Bréfritari: Sigríður Pálsdóttir
Viðtakandi: Páll Pálsson
Dagsetning: A-1854-11-09
Skrifað á: Hraungerði  Árn.
Páll var bróðir Sigríðar

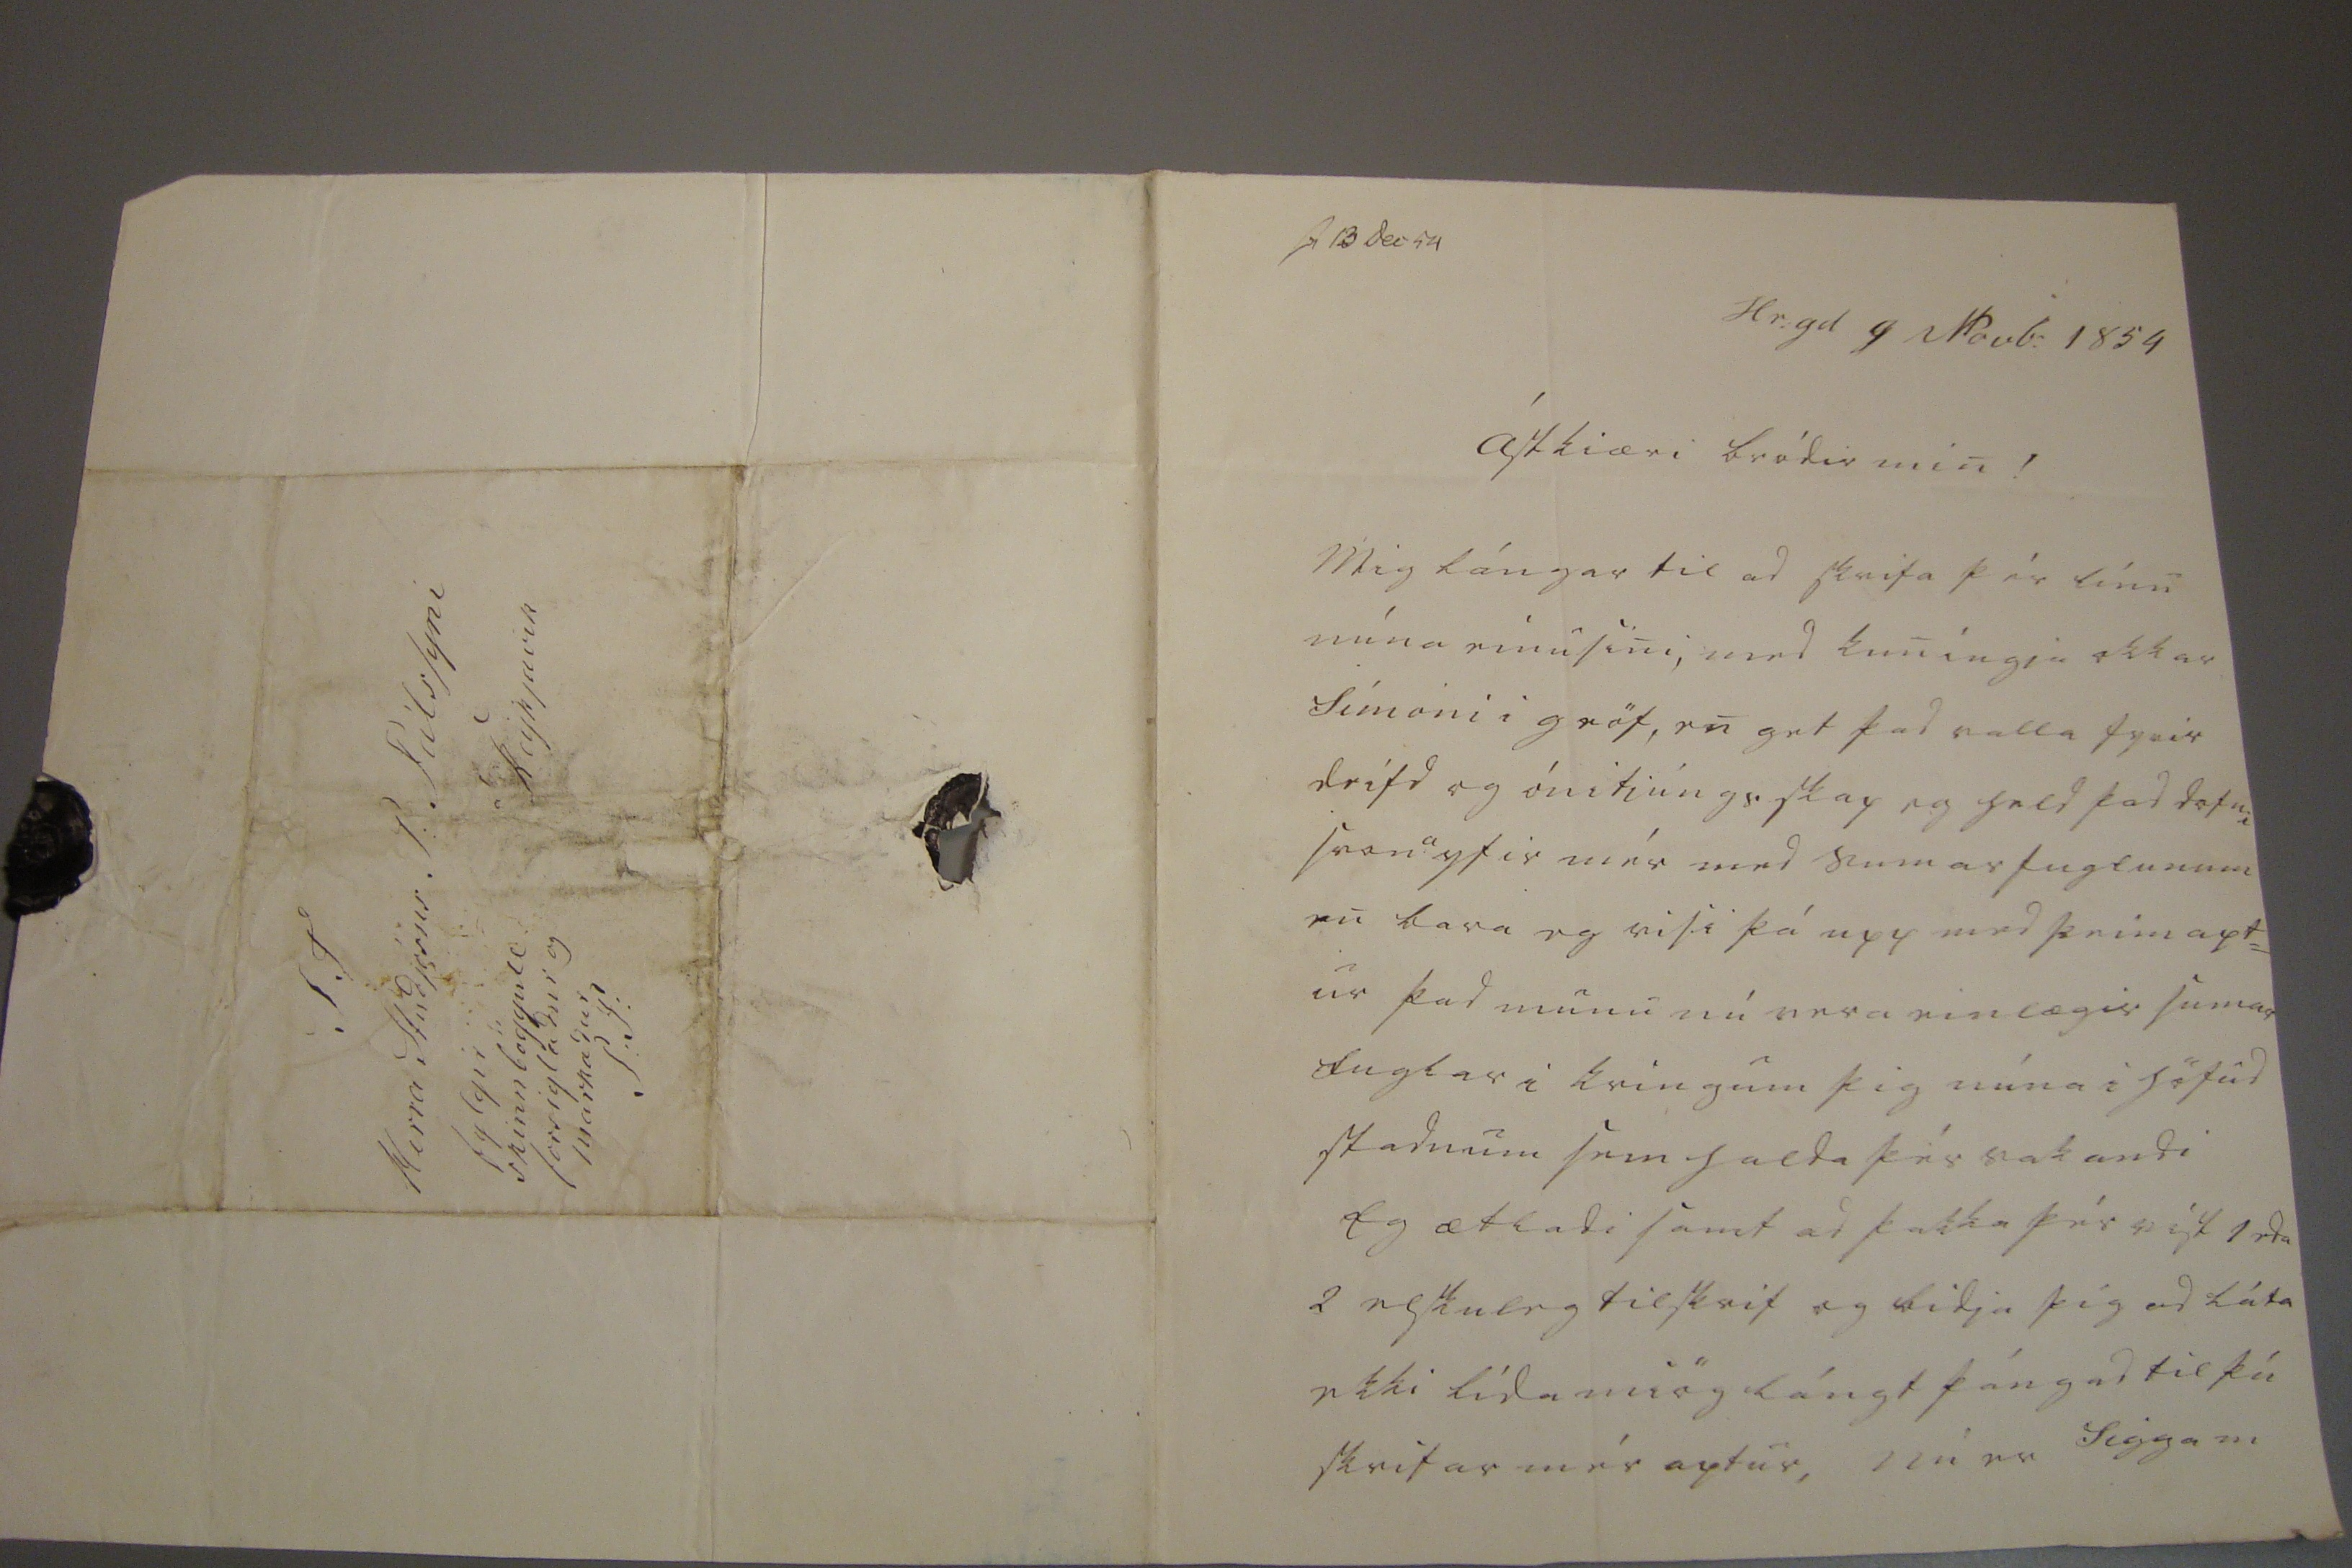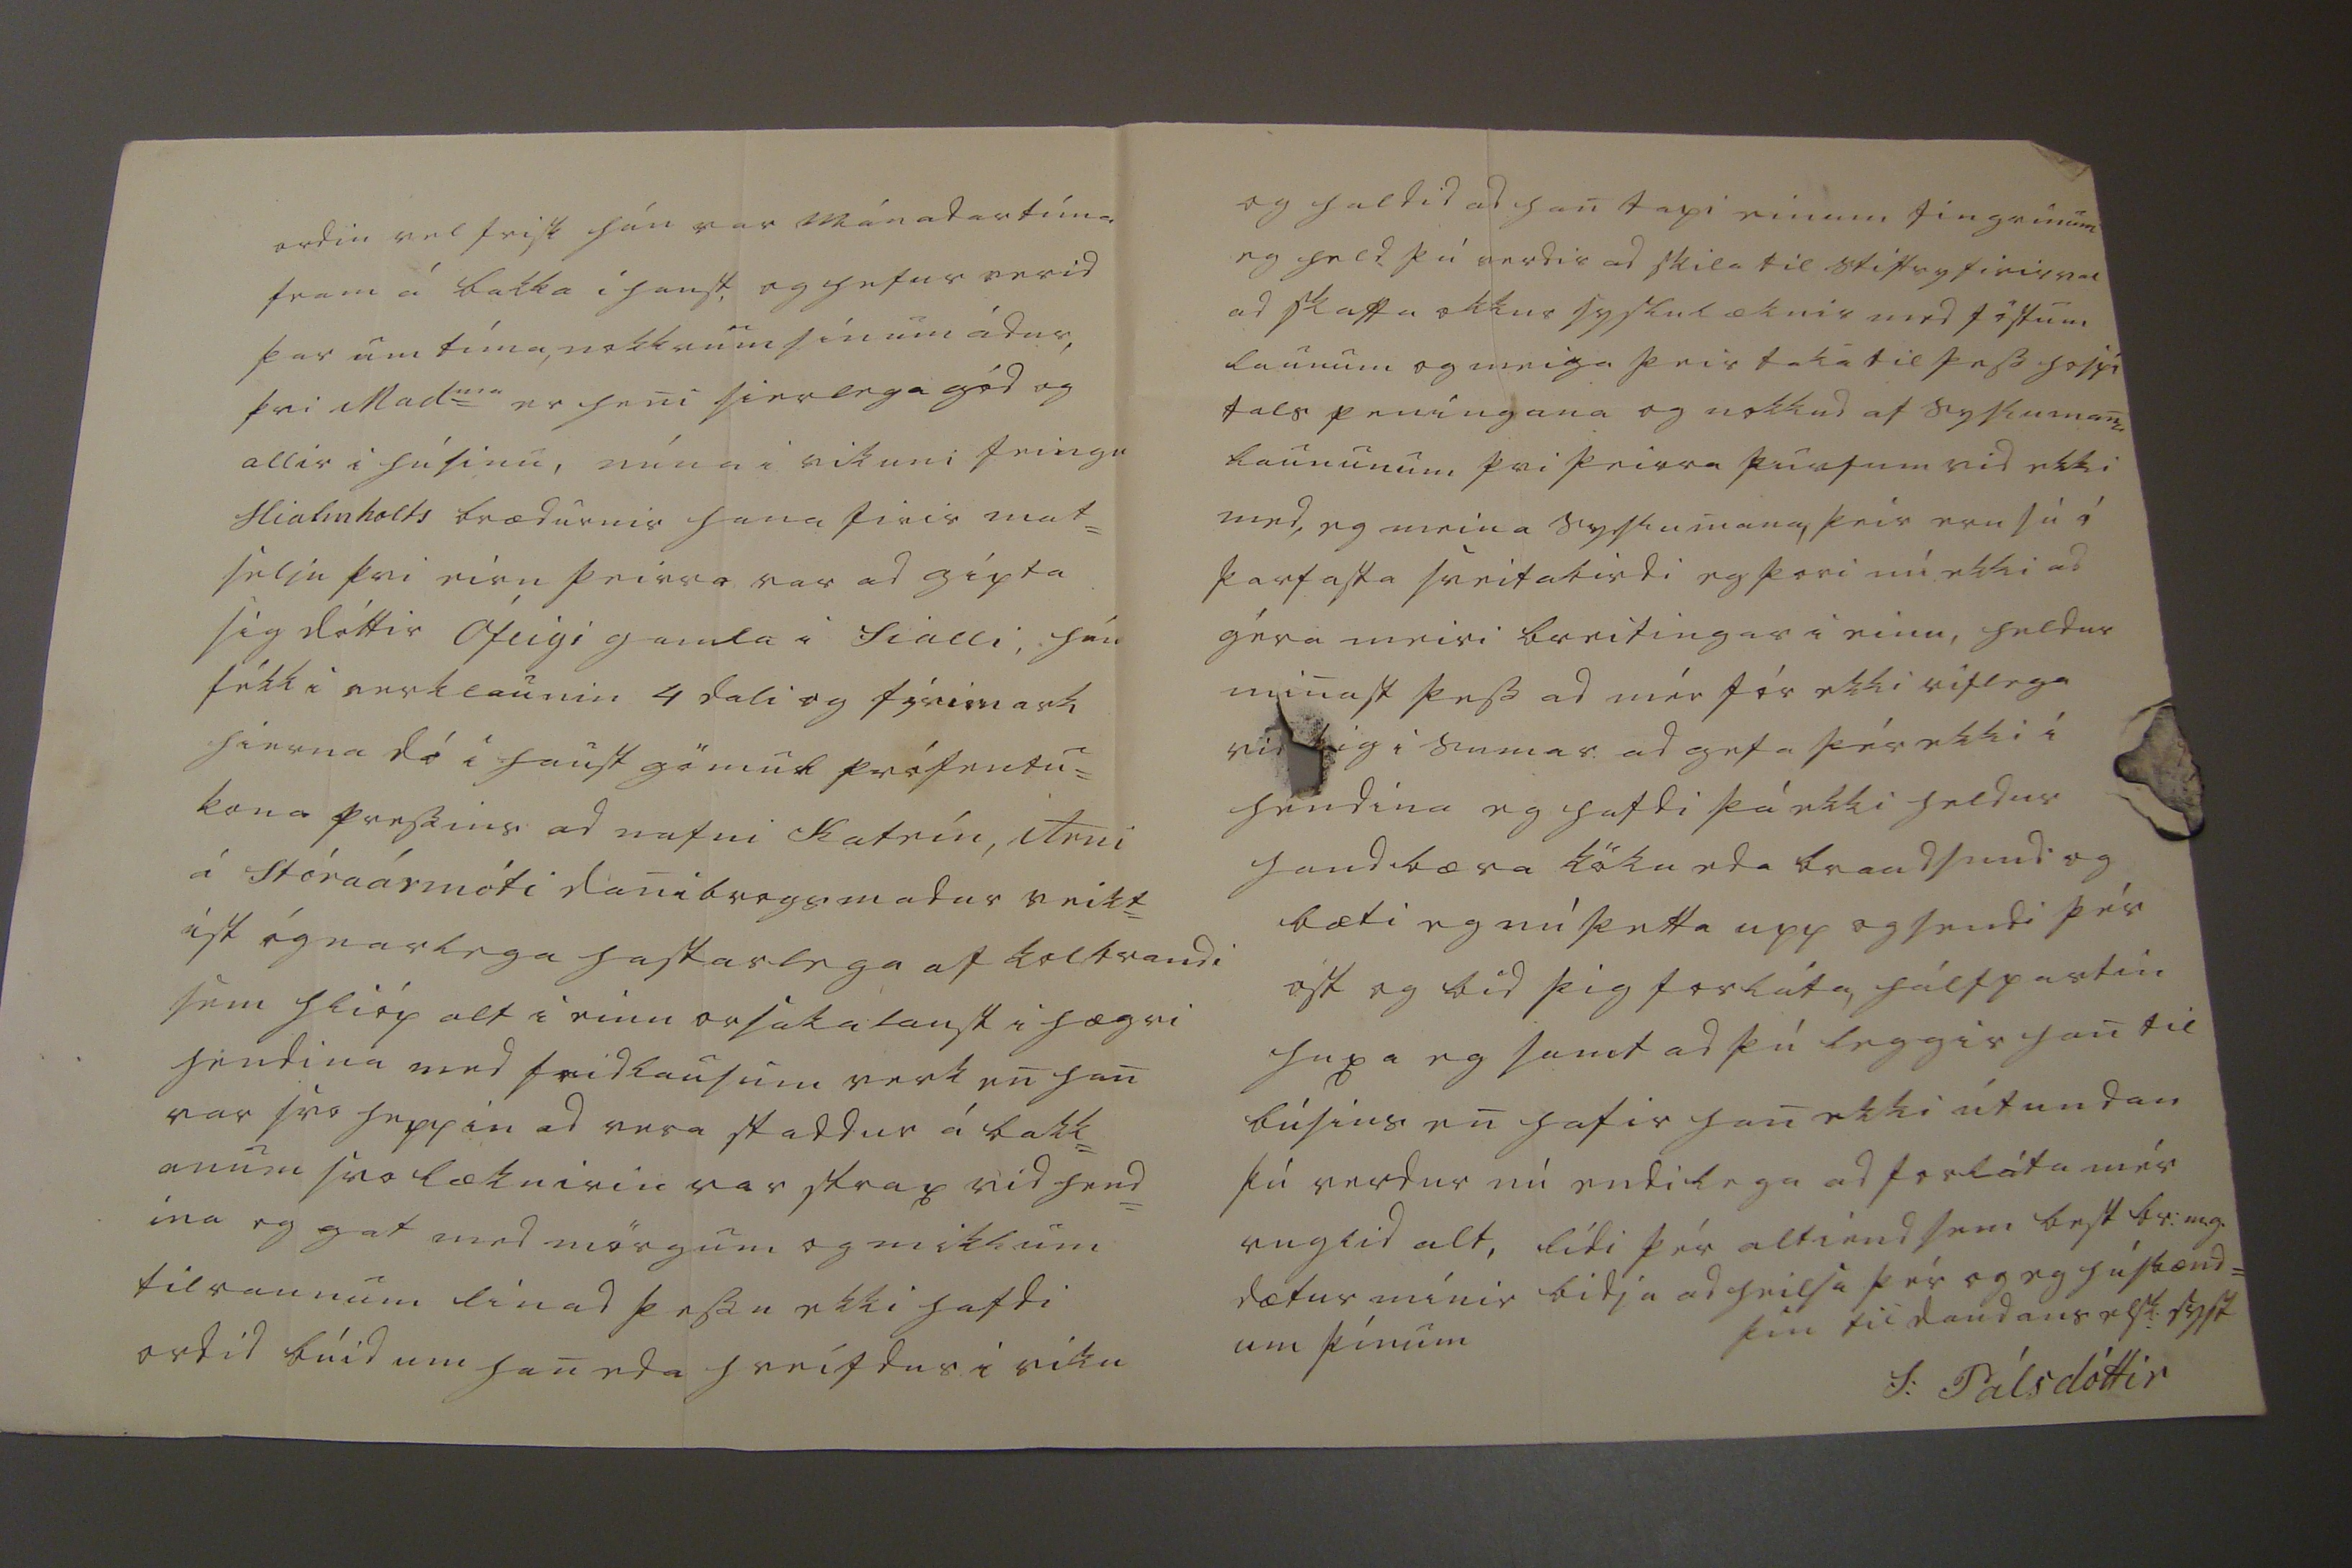

sv 13 dec 54
Hr:gd 9 Novb: 1854
ástkiæri bródir min !
Mig lángar til ad skrifa þér línu mína einusini, med kuníngja okkar Símoni i gröf, en get þad valla fyrir deifd og ónitjúngsskap eg held þad dofni svon
a
yfir mér med sumar fuglunum en bara eg risi þá upp med þeim apt= ur þad munu nú vera einlægis sumar fuglar i kringum þig núna i höfud stadnum sem halda þér vakandi Eg ætladi samt ad þakka þér víst 1 eda 2 elskuleg tilskrif og bidja þig ad láta ekki lída miög lángt þángad til þú skrifar mér aptur, nú er Sigga m
ordin vel frisk hún var mánadartíma fram á bakka i haust, og hefur verid þar um tíma, nokkrum sínum ádur, þvi Mad=
me
er heni sierlega gód og allir i húsinu, núna i vikuni feingu Hialmholts brædurnir hana firir mat= selju þvi eirn þeirra var ad gipta sig dóttir Ófeigi gamla i fialli, hún fékk i verklaunin 4 dali og
fýrimark
hierna dó i haust gömul prófentu= kona pressins ad nafni Katrín, Arni á Stóraármóti
danibrags
madur veikt= ist ógnarlega hastarlega af kolbrandi sem hlióp alt i einu orsakalaust i hægri hendina med fridlausum verk en han var svo heppin ad vera staddur á bakk= anum svo læknirin var strax vid hend= ina og gat med mörgum og miklum tilraunum linad þessu ekki hafdi ordid búid um han eda hreifdur i viku
og haldid ad han tapi einum fingrinum eg held þú verdir ad skila til stiftsyfirirval ad skaffa okkur syslulæknir med föstum launum og meiga þeir taka til þess hospí tals peningana og nokkud af syslumana laununum þvi þeirra þurfum vid ekki med, eg meina syslumana, þeir eru sú í þarfasta sveitabirdi eg þori nú ekki ad géra meiri breitingar i einu, heldur minast þess ad mér fór ekki vitlega vid þig i sumar ad gefa þér ekki í hendina eg hafdi þá ekki heldur handbæra köku eda braudsnud og bæti eg nú þetta upp og sendi þér ost og bid þig forláta, hálfpartin huxa eg samt ad þú leggir han til búsins en hafir han ekki útundan þú verdur nú endilega ad forláta mér ruglid alt, lídi þér altiend sem best br:m.g. dætur mínir bidja ad heilsa þér og eg húsbænd= um þínum
þín til daudans elsk: syst
S. Pálsdóttir
S.T Herra Studjósus P: Pálssyni á Reijkjavik fylgir skinnböggull forsigladur og markadur P:S: